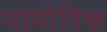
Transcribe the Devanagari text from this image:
नागोरिक